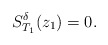
\begin{align*}S^\delta_{T_1}(z_1)=0.\end{align*}